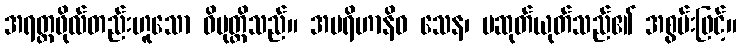
အရတ္တဖိုလ်တည်းဟူသော ဝိမုတ္တိသည်။ အပရိဟာနိဝ သေန၊ မဆုတ်ယုတ်သည်၏ အစွမ်းဖြင့်။